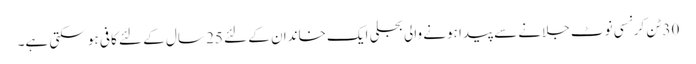
30 ٹن کرنسی نوٹ جلانے سے پیدا ہونے والی بجلی ایک خاندان کے لئے 25 سال کے لئے کافی ہو سکتی ہے۔